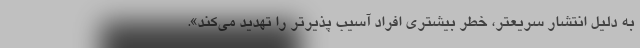
به دلیل انتشار سریعتر، خطر بیشتری افراد آسیب پذیرتر را تهدید می‌کند».